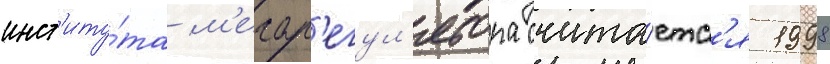
инст'иту́та м'егар'егул'ятора счита́етс'я 1998